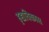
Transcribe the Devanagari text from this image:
हृद्यविकास